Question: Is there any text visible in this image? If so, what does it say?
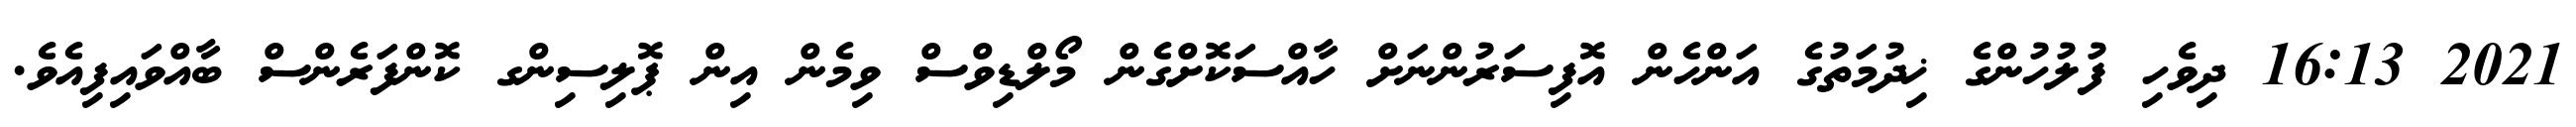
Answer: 2021 16:13 ދިވެހި ފުލުހުންގެ ޚިދުމަތުގެ އަންހެން އޮފިސަރުންނަށް ހާއްސަކޮށްގެން މޯލްޑިވްސް ވިމެން އިން ޕޮލިސިންގ ކޮންފަރެންސް ބާއްވައިފިއެވެ.